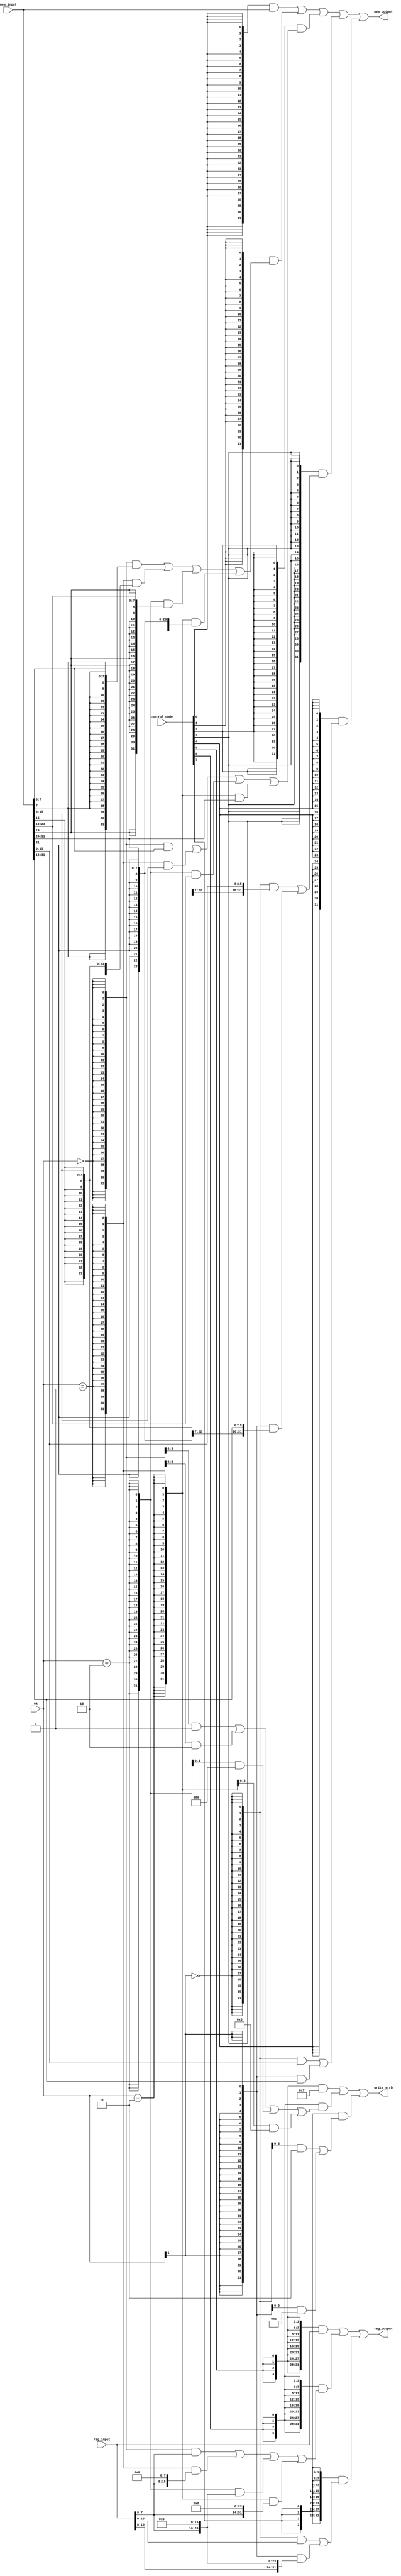
`timescale 10ns / 1ns

module mem_operation(
    input  [7 :0]control_code,
    input  [31:0]mem_input,
    input  [31:0]reg_input,
    input  [1 :0]ea,    
    output [31:0]mem_output,
    output [31:0]reg_output,
    output [3 :0]write_strb
);

wire [31:0] lw_result ;
wire [31:0] lb_result ;
wire [31:0] lbu_result;
wire [31:0] lh_result ;
wire [31:0] lhu_result;


assign lw_result  = mem_input;
    

assign lb_result  = ({32{ea==2'b00}} & {{24{mem_input[ 7]}},mem_input[7 : 0]})
                  | ({32{ea==2'b01}} & {{24{mem_input[15]}},mem_input[15: 8]})
                  | ({32{ea==2'b10}} & {{24{mem_input[23]}},mem_input[23:16]})
                  | ({32{ea==2'b11}} & {{24{mem_input[31]}},mem_input[31:24]});

assign lbu_result = ({32{ea==2'b00}} & {{24'd0},mem_input[7 : 0]})
                  | ({32{ea==2'b01}} & {{24'd0},mem_input[15: 8]})
                  | ({32{ea==2'b10}} & {{24'd0},mem_input[23:16]})
                  | ({32{ea==2'b11}} & {{24'd0},mem_input[31:24]});

assign lh_result  = ({32{ea[1]==1'b0}} & {{16{mem_input[15]}},mem_input[15: 0]})               
                  | ({32{ea[1]==1'b1}} & {{16{mem_input[31]}},mem_input[31:16]});

assign lhu_result = ({32{ea[1]==1'b0}} & {{16'd0},mem_input[15: 0]})
                  | ({32{ea[1]==1'b1}} & {{16'd0},mem_input[31:16]});


assign mem_output = ({32{control_code[0]}} & lw_result )
                  | ({32{control_code[1]}} & lb_result )
                  | ({32{control_code[2]}} & lbu_result)
                  | ({32{control_code[3]}} & lh_result )
                  | ({32{control_code[4]}} & lhu_result); 

wire [3:0] sw_strb ;
wire [3:0] sb_strb ;
wire [3:0] sh_strb ;

assign sw_strb  = 4'b1111;

assign sb_strb  = ({4{ea==2'b00}} & 4'b0001)
                | ({4{ea==2'b01}} & 4'b0010)
                | ({4{ea==2'b10}} & 4'b0100)
                | ({4{ea==2'b11}} & 4'b1000);

assign sh_strb  = ({4{ea[1]==1'b0}} & 4'b0011)
                | ({4{ea[1]==1'b1}} & 4'b1100);


assign write_strb = ({4{control_code[5]}} & sw_strb )
                  | ({4{control_code[6]}} & sb_strb )
                  | ({4{control_code[7]}} & sh_strb );

wire [31:0] sw_result ;
wire [31:0] sb_result ;
wire [31:0] sh_result ;


assign sw_result  = reg_input;

assign sb_result  = ({32{ea[1:0]==2'b00}} & {24'd0,reg_input[ 7: 0]      })
                  | ({32{ea[1:0]==2'b01}} & {16'd0,reg_input[ 7: 0], 8'd0})
                  | ({32{ea[1:0]==2'b10}} & { 8'd0,reg_input[ 7: 0],16'd0})
                  | ({32{ea[1:0]==2'b11}} & {      reg_input[ 7: 0],24'd0});

assign sh_result  = ({32{ea[1]==1'b0 }} & {16'd0,reg_input[15: 0]})
                  | ({32{ea[1]==1'b1 }} & {reg_input[15: 0],16'd0});

assign reg_output = ({32{control_code[5]}} & sw_result )
                  | ({32{control_code[6]}} & sb_result )
                  | ({32{control_code[7]}} & sh_result );


endmodule